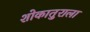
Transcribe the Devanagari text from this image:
शोकातुराला